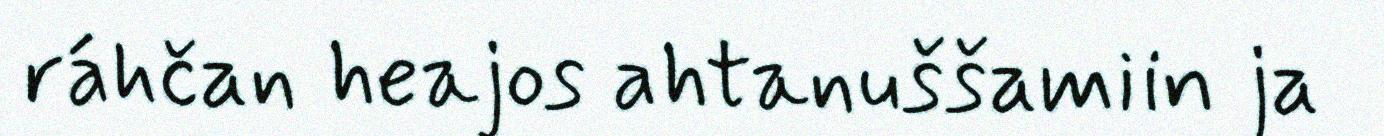
ráhčan heajos ahtanuššamiin ja